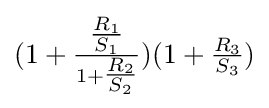
(1+{\tfrac {\tfrac {R_{1}}{S_{1}}}{1+{\tfrac {R_{2}}{S_{2}}}}})(1+{\tfrac {R_{3}}{S_{3}}})